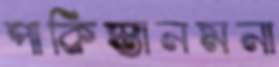
পাকিস্তানমনা